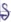
Text: S